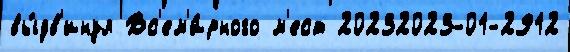
вы́дв'инул Вс'ем'и́рного м'ест 20232023-01-2912